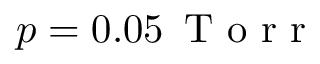
p = 0 . 0 5 \, \mathrm { ~ T ~ o ~ r ~ r ~ }